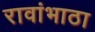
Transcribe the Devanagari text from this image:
रावांभाठा